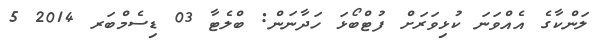
ލަންކާގެ އެއްވަނަ ކުޅިވަރަށް ފުޓްބޯޅަ ހަދާނަން: ބްލެޓާ 03 ޑިސެމްބަރ 2014 5